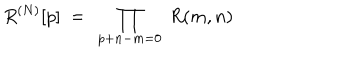
R ^ { ( N ) } [ p ] \ = \ \prod _ { p + n - m = 0 } \ R ( m , n )